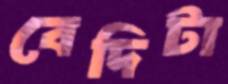
বেদিটা